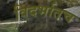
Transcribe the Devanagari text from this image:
विदर्भातच